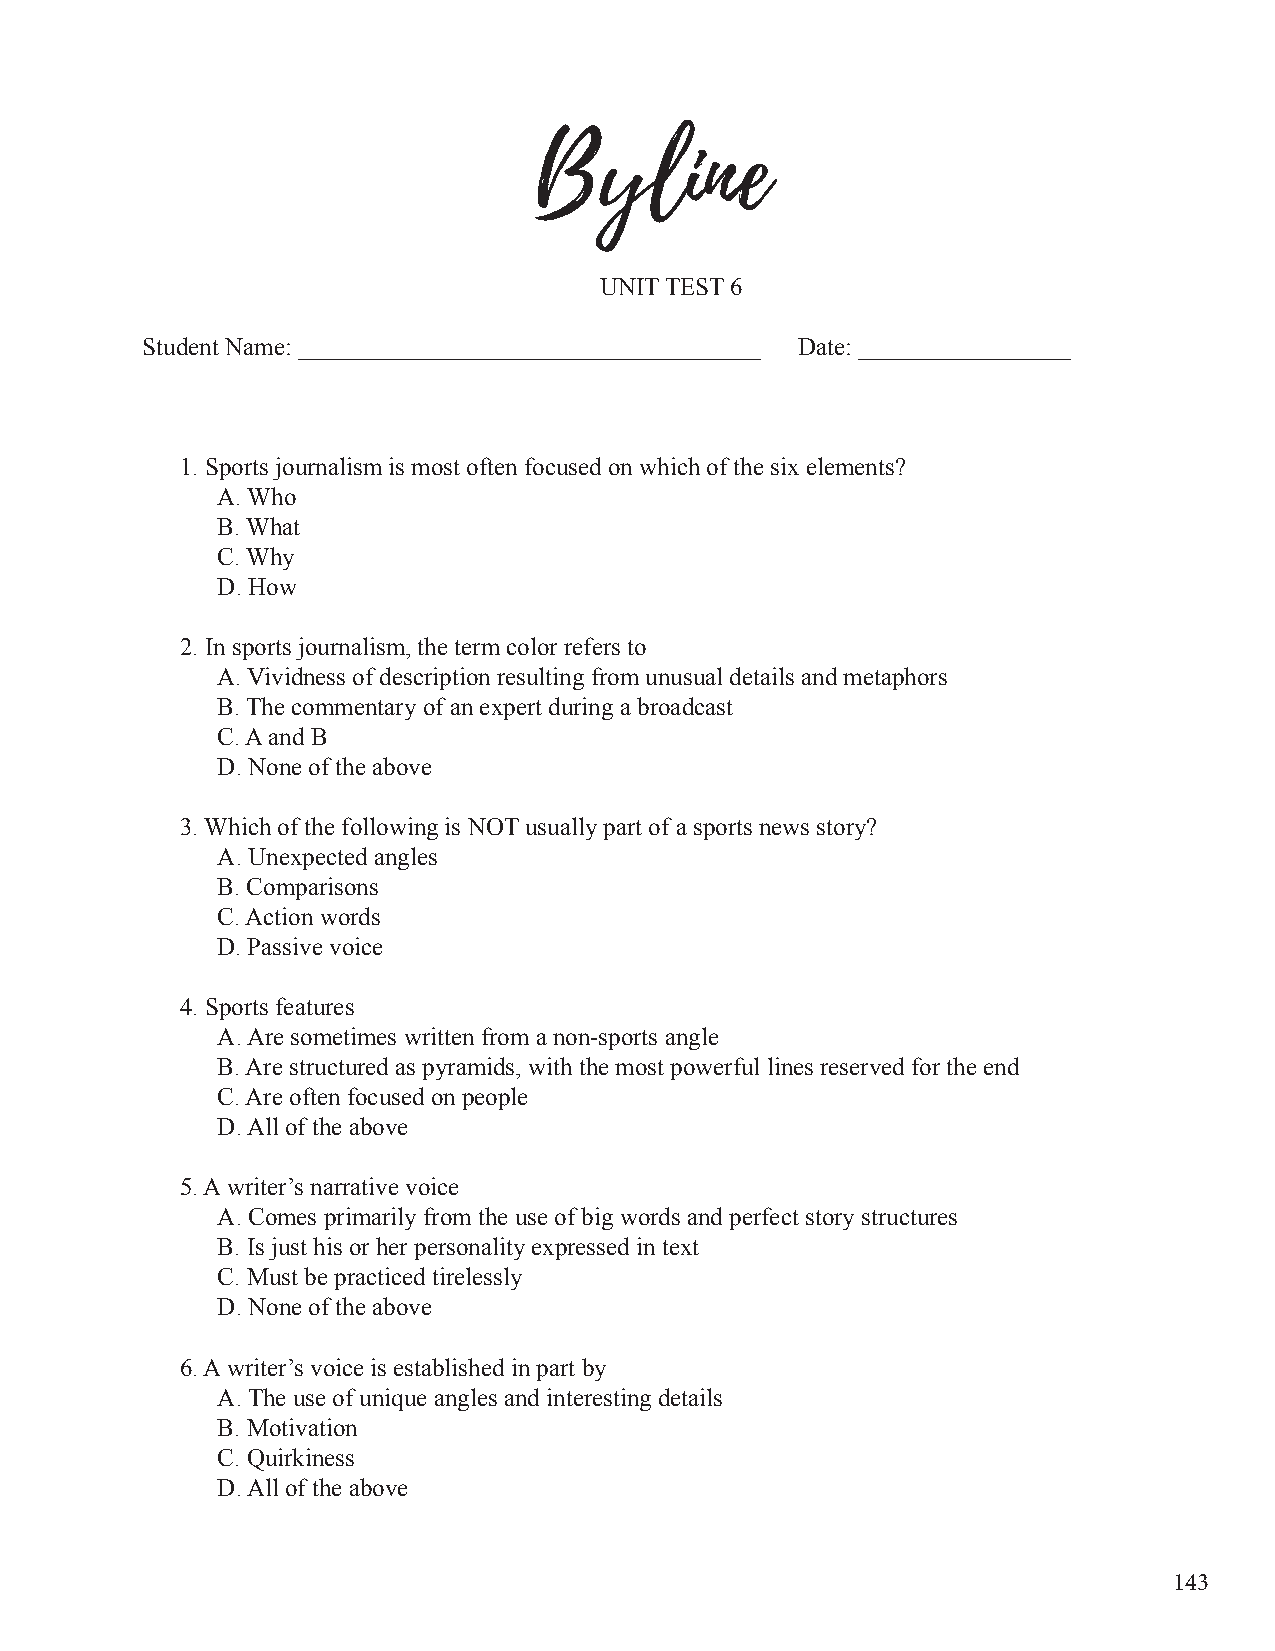
Byline
 UNIT TEST 6
 Student Name: _____________________________________ Date: _________________
 1. Sports journalism is most often focused on which of the six elements?
 A. Who
 B. What
 C. Why
 D. How
 2. In sports journalism, the term color refers to
 A. Vividness of description resulting from unusual details and metaphors
 B. The commentary of an expert during a broadcast
 C. A and B
 D. None of the above
 3. Which of the following is NOT usually part of a sports news story?
 A. Unexpected angles
 B. Comparisons
 C. Action words
 D. Passive voice
 4. Sports features
 A. Are sometimes written from a non-sports angle
 B. Are structured as pyramids, with the most powerful lines reserved for the end
 C. Are often focused on people
 D. All of the above
 5. A writer’s narrative voice
 A. Comes primarily from the use of big words and perfect story structures
 B. Is just his or her personality expressed in text
 C. Must be practiced tirelessly
 D. None of the above
 6. A writer’s voice is established in part by
 A. The use of unique angles and interesting details
 B. Motivation
 C. Quirkiness
 D. All of the above
 143